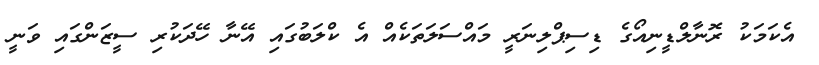
އެކަމަކު ރޮނާލްޑީނިއޯގެ ޑިސިޕްލިނަރީ މައްސަލަތަކެއް އެ ކްލަބުގައި އޭނާ ހޭދަކުރި ސީޒަންގައި ވަނީ